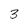
Character: 3